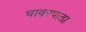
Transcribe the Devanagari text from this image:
चावरपाठा